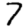
Digit: 7